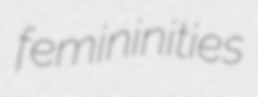
femininities